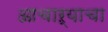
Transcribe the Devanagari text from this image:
आचाऱ्याचा